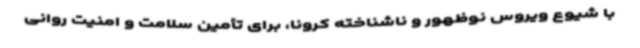
با شیوع ویروس نوظهور و ناشناخته کرونا، برای تأمین سلامت و امنیت روانی